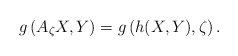
\begin{align*} g\left(A_{\zeta} X,Y\right)=g\left(h(X,Y),\zeta\right).\end{align*}